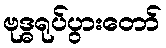
ဗုဒ္ဓရုပ်ပွားတော်